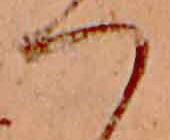
つ